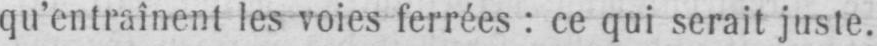
qu’entraînent les voies ferrées: ce qui serait juste.